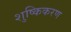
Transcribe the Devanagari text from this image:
शुष्किकरण